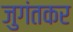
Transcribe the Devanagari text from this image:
जुगंतकर